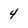
Character: 4